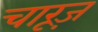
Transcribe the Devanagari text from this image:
चारूज़